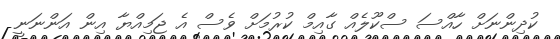
ކުދިންނަށް ހާއްސަ ސްކޫލެއް ގާއިމް ކުރުމަށް ވެސް އެ ޖަމިއްޔާ އިން އަންނަނީ